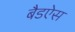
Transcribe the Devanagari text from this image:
बैडऐस